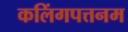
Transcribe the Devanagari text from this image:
कलिंगपत्तनम